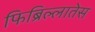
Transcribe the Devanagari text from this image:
फिब्रिल्लातेस